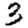
Digit: 3